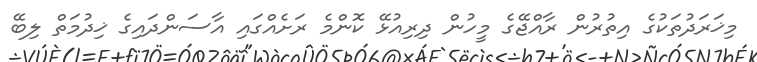
މިޚަރަދުތަކުގެ އިތުރުން ރާއްޖޭގެ މީހުން ދިރިއުޅޭ ކޮންމެ ރަށެއްގައި އާސަންދައިގެ ޚިދުމަތް ލިބޭ